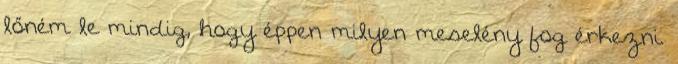
lőném le mindig, hogy éppen milyen meselény fog érkezni.